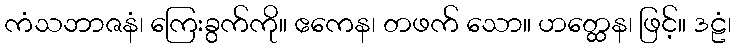
ကံသဘာဇနံ၊ ကြေးခွက်ကို။ ဧကေန၊ တဖက် သော။ ဟတ္ထေန၊ ဖြင့်။ ဒဠံ၊